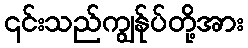
၎င်းသည်ကျွန်ုပ်တို့အား